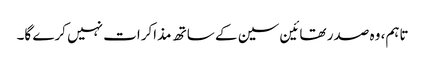
تاہم، وہ صدر تھائین سین کے ساتھ مذاکرات نہیں کرے گا۔